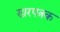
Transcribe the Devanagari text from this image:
खरपत्रक